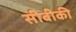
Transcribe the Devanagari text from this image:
सीबीकी